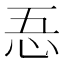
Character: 忢